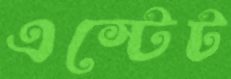
এস্টেট